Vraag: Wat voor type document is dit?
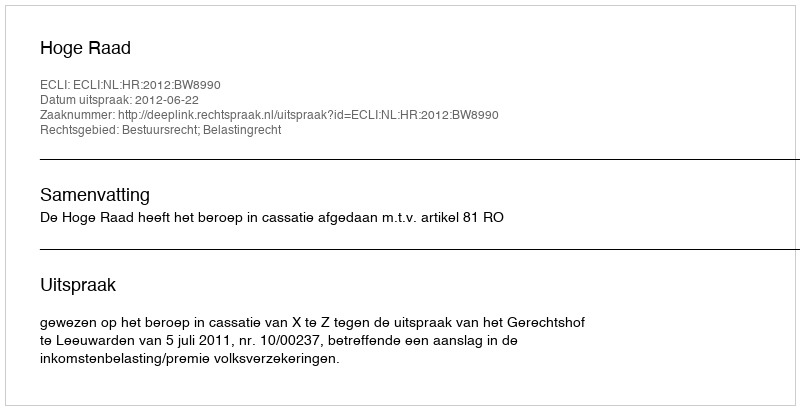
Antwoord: Uitspraak